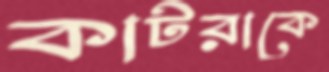
কাটরাকে